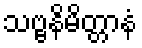
သဗ္ဗနိမိတ္တာနံ